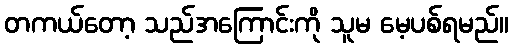
တကယ်တော့ သည်အကြောင်းကို သူမ မေ့ပစ်ရမည်။